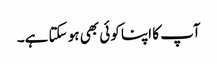
آپ کا اپنا کوئی بھی ہو سکتا ہے۔